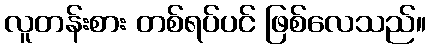
လူတန်းစား တစ်ရပ်ပင် ဖြစ်လေသည်။